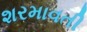
શરમાવતી